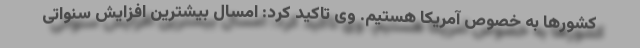
کشورها به خصوص آمریکا هستیم. وی تاکید کرد: امسال بیشترین افزایش سنواتی